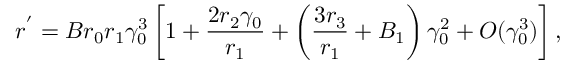
r ^ { ' } = B r _ { 0 } r _ { 1 } \gamma _ { 0 } ^ { 3 } \left[ 1 + \frac { 2 r _ { 2 } \gamma _ { 0 } } { r _ { 1 } } + \left( \frac { 3 r _ { 3 } } { r _ { 1 } } + B _ { 1 } \right) \gamma _ { 0 } ^ { 2 } + O ( \gamma _ { 0 } ^ { 3 } ) \right] ,